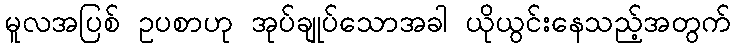
မူလအပြစ် ဥပစာဟု အုပ်ချုပ်သောအခါ ယိုယွင်းနေသည့်အတွက်